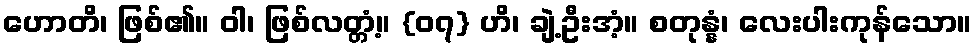
ဟောတိ၊ ဖြစ်၏။ ဝါ၊ ဖြစ်လတ္တံ့။ {၀၇} ဟိ၊ ချဲ့ဦးအံ့။ စတုန္နံ၊ လေးပါးကုန်သော။